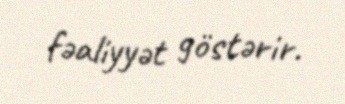
fəaliyyət göstərir.